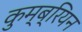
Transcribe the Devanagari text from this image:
कुम्ब्रियन